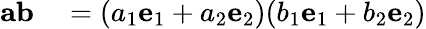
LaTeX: \begin{array}{rl}{\mathbf{a}\mathbf{b}}&{{}=(a_{1}\mathbf{e}_{1}+a_{2}\mathbf{e}_{2})(b_{1}\mathbf{e}_{1}+b_{2}\mathbf{e}_{2})}\end{array}